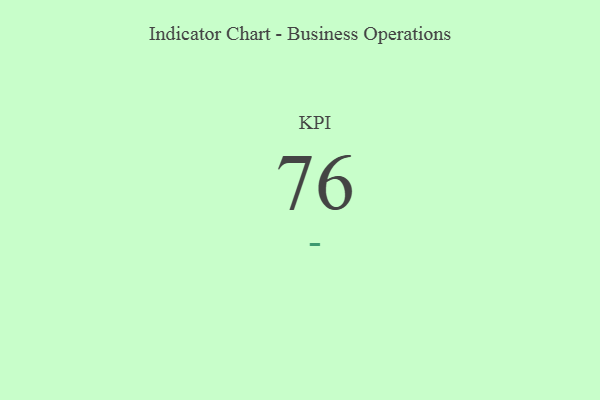
{"axis": {"x": "KPI", "y": "Value"}, "legend": [""], "data": [{"x": "KPI", "y": 76, "type": ""}]}